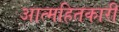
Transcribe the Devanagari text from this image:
आत्महितकारी